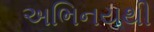
અભિનયથી